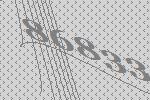
86833